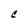
Character: C